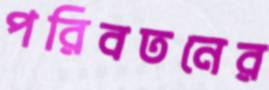
পরিবতনের